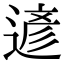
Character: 遃